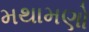
મથામણો